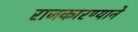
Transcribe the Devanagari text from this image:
राजकारण्याने